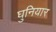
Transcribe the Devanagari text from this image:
घुनियार